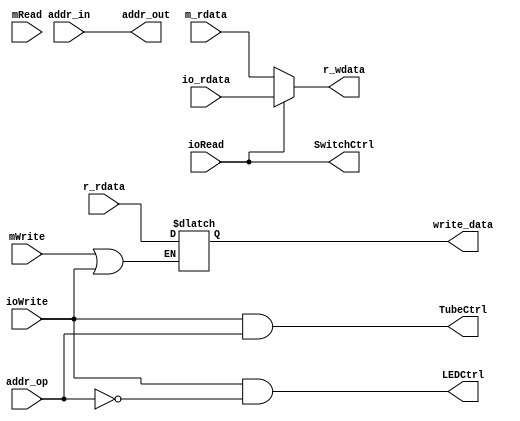
`timescale 1ns / 1ps
//////////////////////////////////////////////////////////////////////////////////
// Company: 
// Engineer: 
// 
// Design Name: 
// Module Name: MemOrIO
// Project Name: 
// Target Devices: 
// Tool Versions: 
// Description: 
// 
// Dependencies: 
// 
// Revision:
// Revision 0.01 - File Created
// Additional Comments:
// 
//////////////////////////////////////////////////////////////////////////////////


module MemOrIO( mRead, mWrite, ioRead, ioWrite,addr_in, addr_out, m_rdata, io_rdata, r_wdata, r_rdata, write_data, LEDCtrl, SwitchCtrl, TubeCtrl,addr_op);
input mRead; // read memory, fromController
input mWrite; // write memory, fromController
input ioRead; // read IO, from Controll
input ioWrite; // write IO, from Controller
input[31:0] addr_in; // from alu_result in ALU
input addr_op;
output[31:0] addr_out; // address to Data-Memory
input[31:0] m_rdata; // data read from Data-Memory
input[31:0] io_rdata; // data read from IO, 32 bits
output[31:0] r_wdata; // data to Decoder(register file)
input[31:0] r_rdata; // data read from Decoder(register file)
output reg[31:0] write_data; // data to memory or I/Om_wdata, io_wdata
output SwitchCtrl; // Switch Chip Select
output LEDCtrl;
output TubeCtrl;

assign addr_out = addr_in;
// The data wirte to register file may be from memory or io. 
// While the data is from io, it should be the lower 16bit of r_wdata. 
assign r_wdata = ioRead ? io_rdata : m_rdata;

// Chip select signal of Led and Switch are all active high;
// assign LEDCtrl = ioWrite;
assign LEDCtrl = ioWrite  && (~addr_op);  
assign SwitchCtrl = ioRead;
assign TubeCtrl = ioWrite && (addr_op);

always @* begin
     if((mWrite==1)||(ioWrite==1))
        //wirte_data could go to either memory or IO. where is it from?
        write_data = r_rdata;
    // else
    //     write_data = 32'hZZZZZZZZ;
end

endmodule